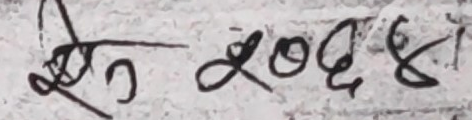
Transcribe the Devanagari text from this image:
खि ९०६६८